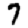
Digit: 7